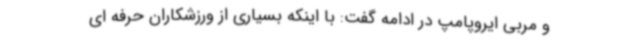
و مربی ایروپامپ در ادامه گفت: با اینکه بسیاری از ورزشکاران حرفه ای